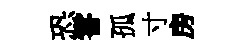
恐甞孤寸房